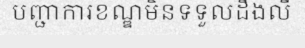
បញ្ជាការខណ្ឌមិនទទួលដឹងលឺ